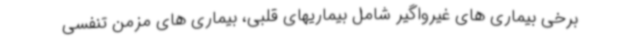
برخی بیماری های غیرواگیر شامل بیماریهای قلبی، بیماری های مزمن تنفسی